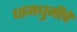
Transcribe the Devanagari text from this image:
धामधुमीचे